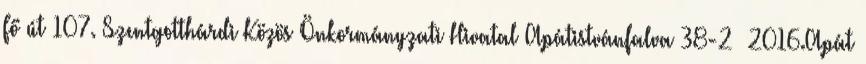
Fő út 107. Szentgotthárdi Közös Önkormányzati Hivatal Apátistvánfalva 38-2 2016.Apát